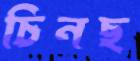
চিনছ